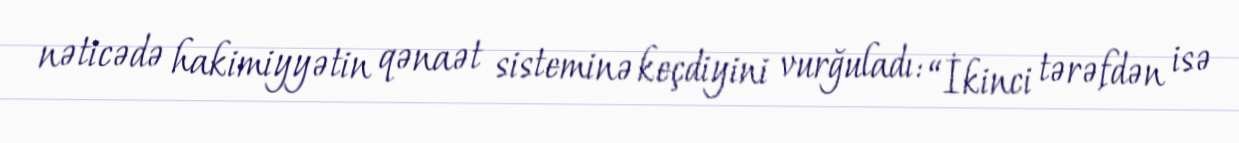
nəticədə hakimiyyətin qənaət sisteminə keçdiyini vurğuladı: “İkinci tərəfdən isə